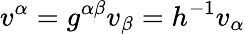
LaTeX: v^{\alpha}=g^{\alpha\beta}v_{\beta}=h^{-1}v_{\alpha}